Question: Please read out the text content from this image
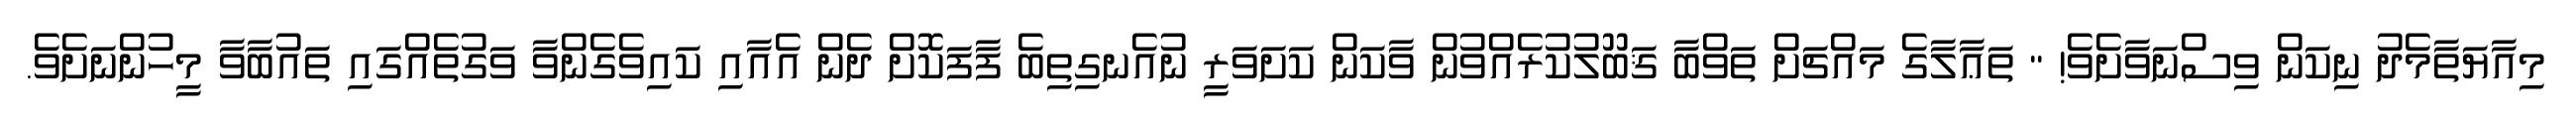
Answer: މިއާޔަތާމެދު ނިކަން ވިސްނަވާށެވެ! " ތަޢާލާގެ މައްޗަށް ތަވްބާ ޤަބޫލުކުރެއްވުން ވާކަން ކަށަވަރީ ނުއެނގިތިބެ ފާފަކޮށް ދެން އެއާއި ކައިވެގެންވާ ވަގުތެއްގައި ތައުބާވާ މީހުންނަށެވެ.